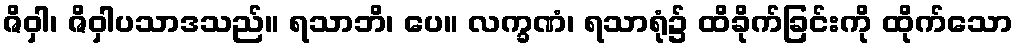
ဇိဝှါ၊ ဇိဝှါပသာဒသည်။ ရသာဘိ၊ ပေ။ လက္ခဏံ၊ ရသာရုံ၌ ထိခိုက်ခြင်းကို ထိုက်သော